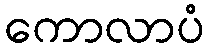
ကောလာပံ